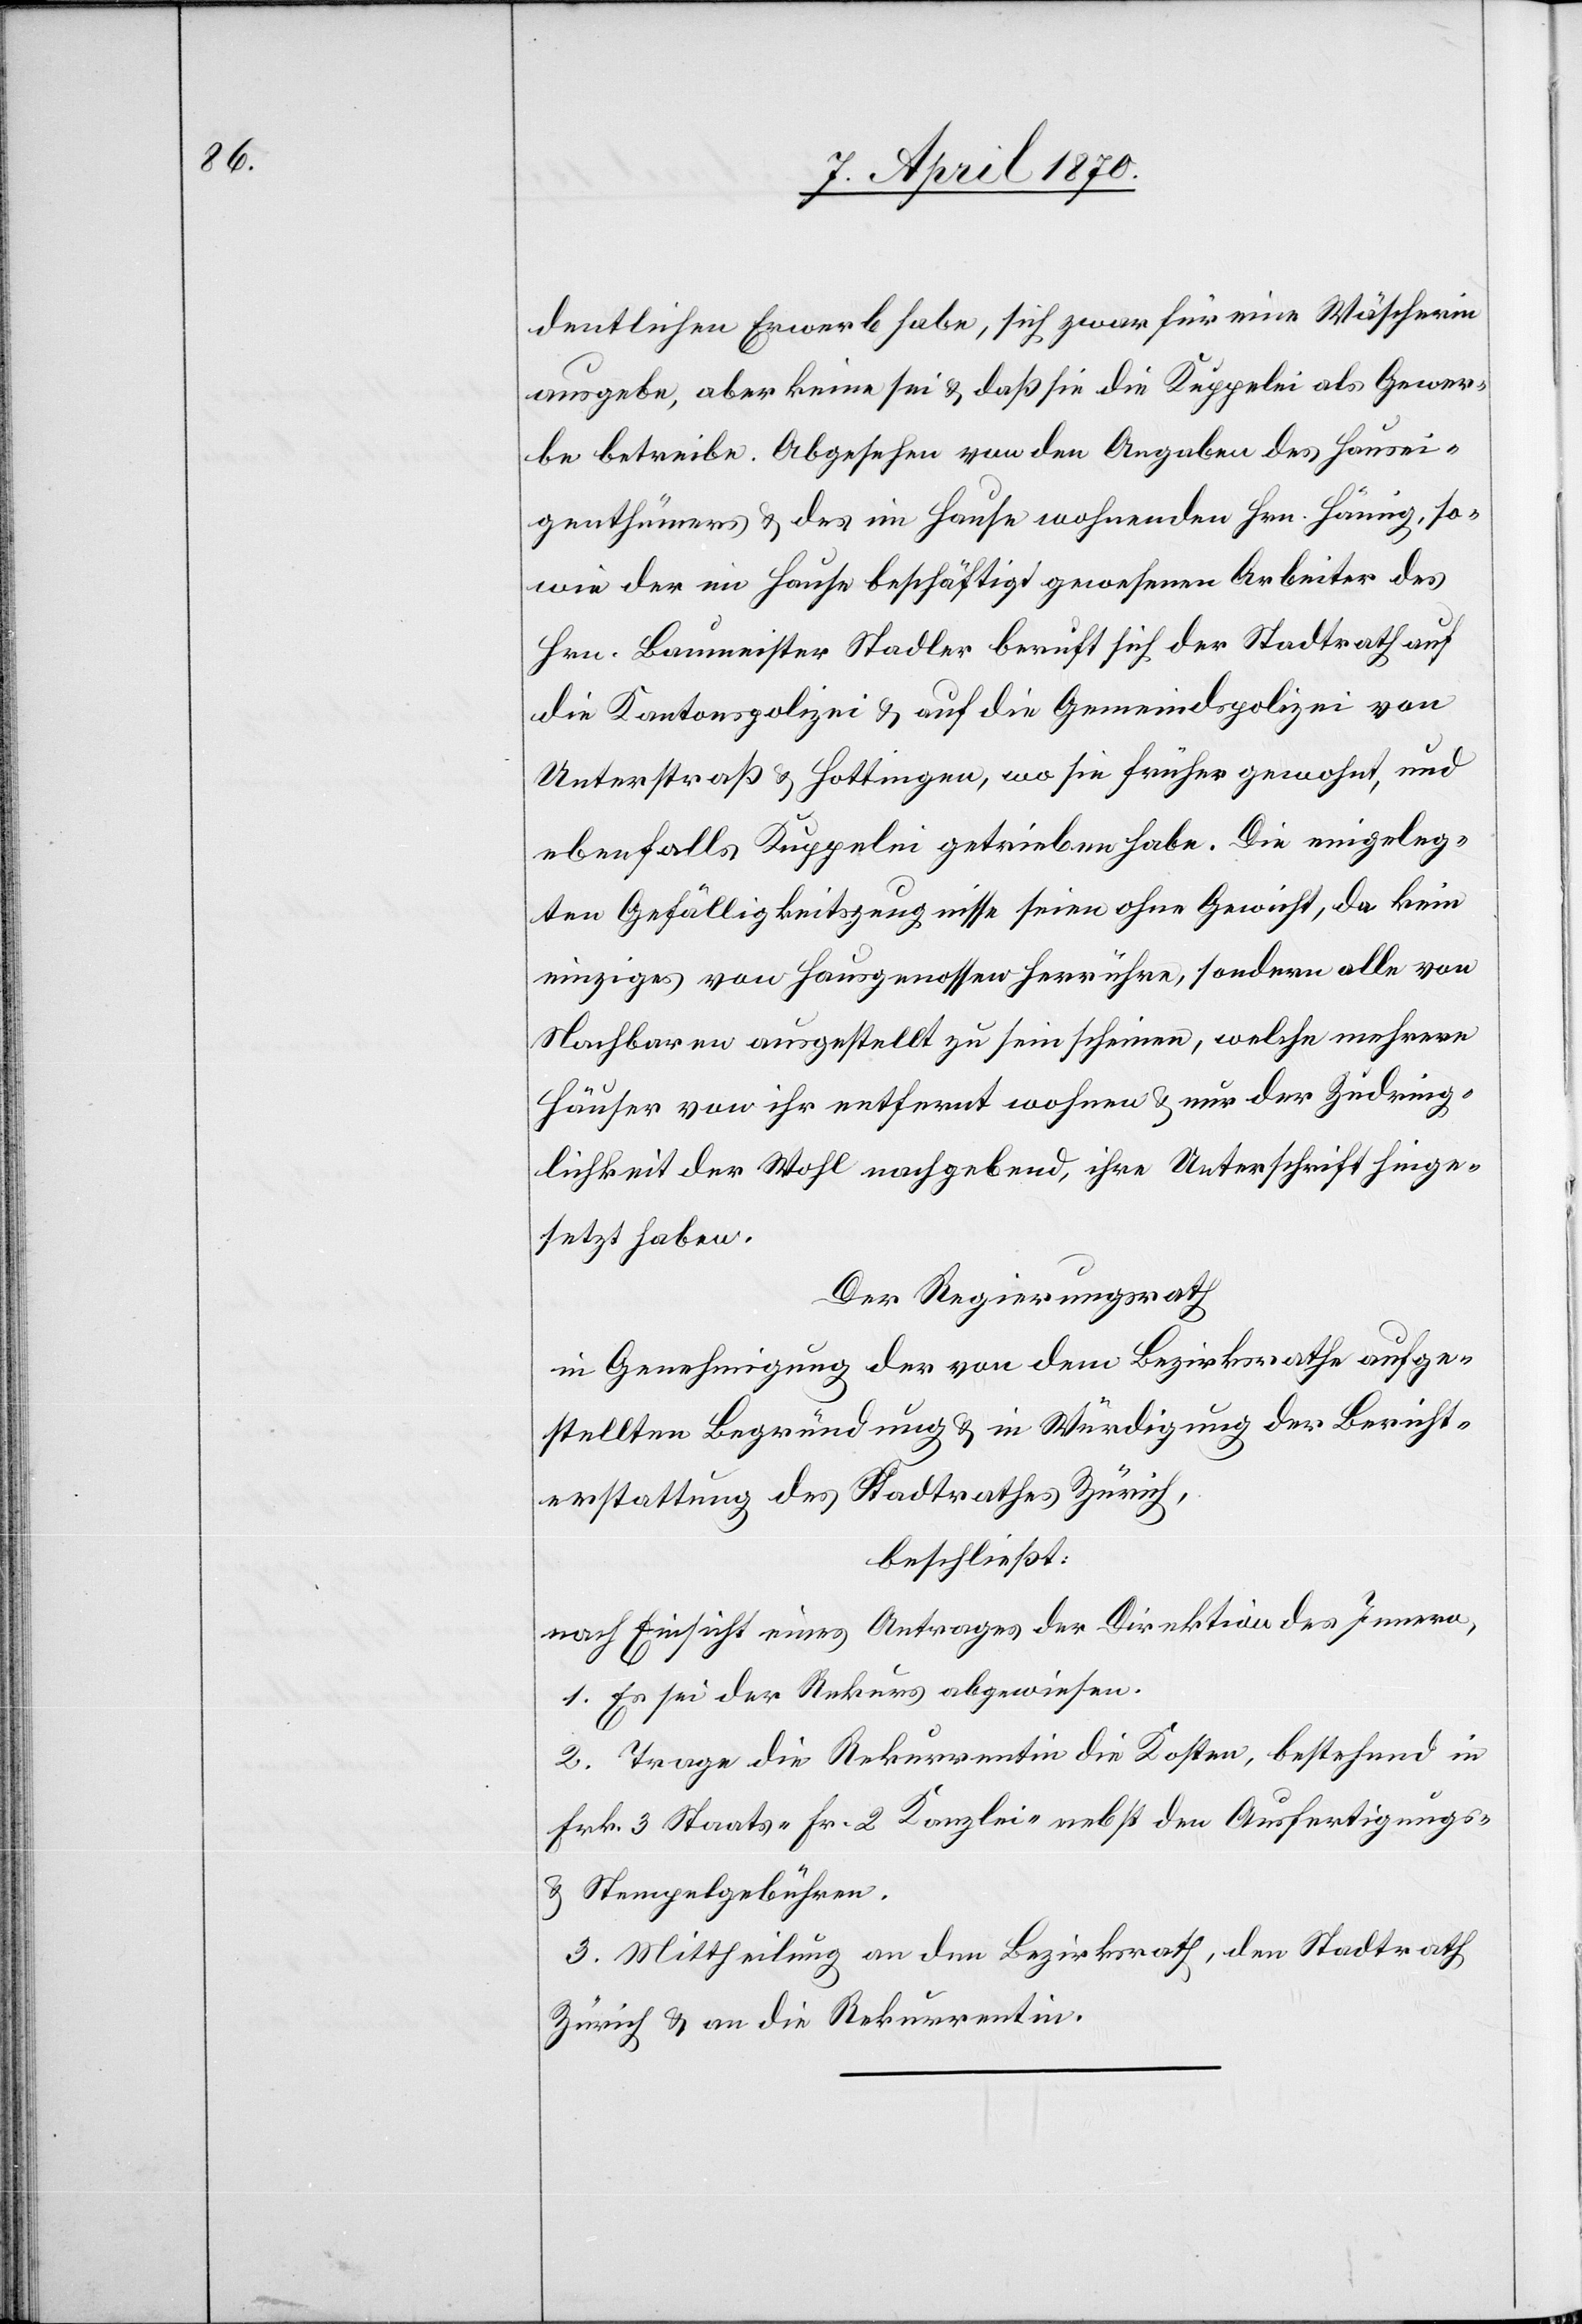
dentlichen Erwerb habe, sich zwar für eine Wäscherin
ausgebe, aber keine sei & daß sie die Kuppelei als Gewer¬
be betreibe. Abgesehen von den Angaben des Hausei¬
genthümers & des im Hause wohnenden Hrn. Häning, so¬
wie der im Hause beschäftigt gewesenen Arbeiter des
Hrn. Baumeister Stadler beruft sich der Stadtrath auf
die Kantonspolizei & auf die Gemeindspolizei von
Unterstraß & Hottingen, wo sie früher gewohnt, und
ebenfalls Kuppelei getrieben habe. Die eingeleg¬
ten Gefälligkeitszeugnisse seien ohne Gewicht, da kein
einziges von Hausgenossen herrühre, sondern alle von
Nachbaren ausgestellt zu sein scheinen, welche mehrere
Häuser von ihr entfernt wohnen & nur der Zudring¬
lichkeit der Wohl nachgebend, ihre Unterschrift hinge¬
setzt haben.
Der Regierungsrath
in Genehmigung der von dem Bezirksrathe aufge¬
stellten Begründung & in Würdigung der Bericht¬
erstattung des Stadtrathes Zürich,
beschließt:
nach Einsicht eines Antrages der Direktion des Innern,
1. Es sei der Rekurs abgewiesen.
2. Trage die Rekurrentin die Kosten, bestehend in
Frk. 3 Staats-[,] Fr. 2 Kanzlei- nebst den Ausfertigungs-
& Steuergebühren.
3. Mittheilung an den Bezirksrath, den Stadtrath
Zürich & an die Rekurrentin.